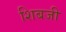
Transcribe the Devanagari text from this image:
शिबजी